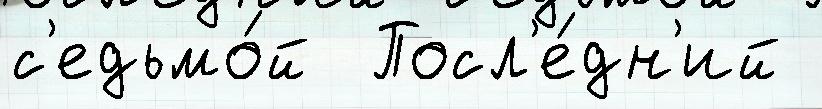
с'едьмо́й  Посл'е́дн'ий